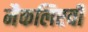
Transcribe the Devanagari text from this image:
मैकलिएवी